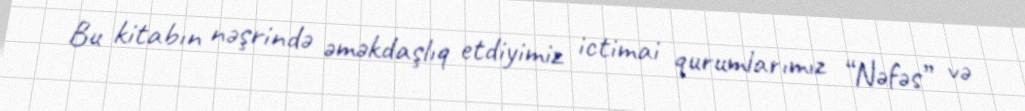
Bu kitabın nəşrində əməkdaşlıq etdiyimiz ictimai qurumlarımız “Nəfəs” və